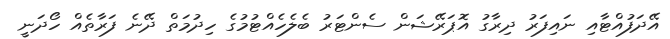
އޭދަފުއްޓާއި ނައިފަރު ދިރާގު އޮޕަރޭޝަން ސެންޓަރު ބެލެހެއްޓުމުގެ ހިދުމަތް ދޭނެ ފަރާތެއް ހޯދަނީ